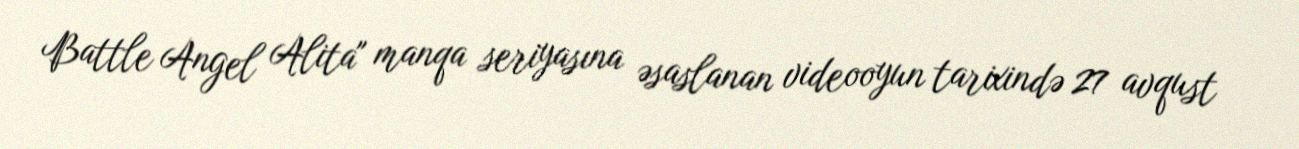
Battle Angel Alita" manqa seriyasına əsaslanan videooyun tarixində 27 avqust